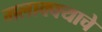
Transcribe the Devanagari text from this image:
मलाक्क्याचे